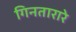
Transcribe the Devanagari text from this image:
गिनतारारे